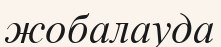
жобалауда